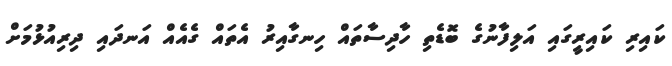
ކައިރި ކައިރީގައި އަލިފާނުގެ ބޮޑެތި ހާދިސާތައް ހިނގާއިރު އެތައް ގެއެއް އަނދައި ދިރިއުޅުމަށް